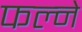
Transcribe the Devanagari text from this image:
फल्ने